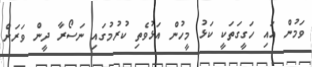
ވަމުން އައި ހަގީގަތަކީ ކަޅު މީހުން އަޅުވެތި ކުރުމުގައި ނަސޯރާ ދީން ވަރަށް